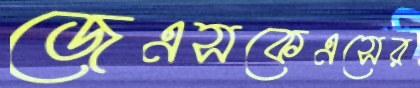
জেএসকেএসের